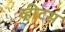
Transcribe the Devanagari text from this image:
व्हीटस